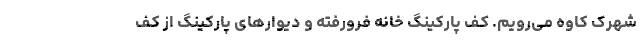
شهرک کاوه می‌رویم. کف پارکینگ خانه فرورفته و دیوارهای پارکینگ از کف